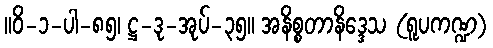
။ဝိ-၁-ပါ-၈၅၊ ဋ္ဌ-ဒု-အုပ်-၃၅။ အနိစ္စတာနိဒ္ဒေသ (ရူပကဏ္ဍ)